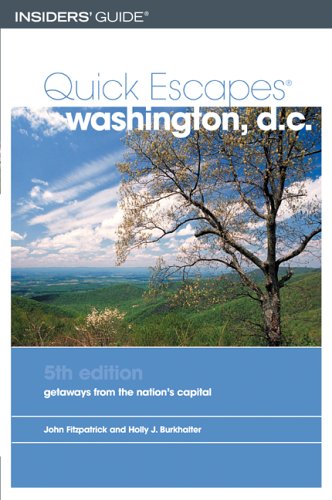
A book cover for Quick Escapes Washington, D.C., 5th: Getaways from the Nation's Capital (Quick Escapes Series); John Fitzpatrick; Travel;